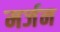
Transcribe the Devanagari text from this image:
मर्जन